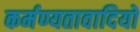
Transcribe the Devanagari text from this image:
कर्मण्यतावादियों